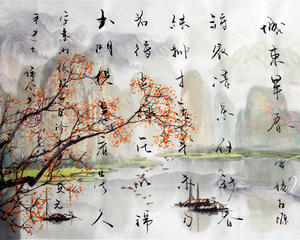
若待上林花似锦，出门俱是看花人。